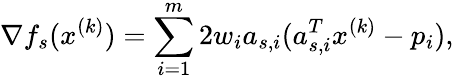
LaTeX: \nabla f_{s}(x^{(k)})=\sum_{i=1}^{m}2w_{i}a_{s,i}(a_{s,i}^{T}x^{(k)}-p_{i}),